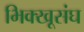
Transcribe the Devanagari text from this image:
भिक्खूसंघ